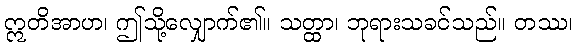
ဣတိအာဟ၊ ဤသို့လျှောက်၏။ သတ္ထာ၊ ဘုရားသခင်သည်။ တဿ၊